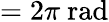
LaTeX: =2\pi{\mathrm{~rad}}